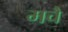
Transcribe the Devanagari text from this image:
मचै